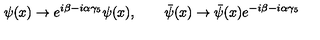
\psi ( x ) \to e ^ { i \beta - i \alpha \gamma _ { 5 } } \psi ( x ) , \qquad \bar { \psi } ( x ) \to \bar { \psi } ( x ) e ^ { - i \beta - i \alpha \gamma _ { 5 } }